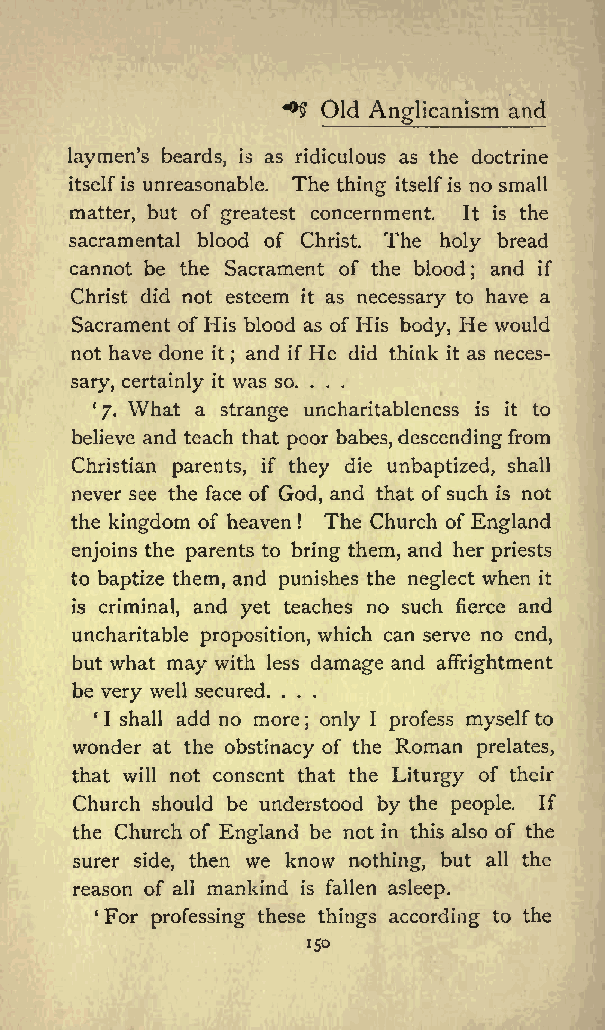
Old          and
 *&amp;gt; Anglicanism
 laymens beards, is as ridiculous as the doctrine
 itselfis unreasonable. The thing itselfis no small
 matter, but of greatest concernment. It is the
 sacramental blood of Christ. The holy bread
 cannot be the Sacrament of the blood and if
 ;
 Christ did not esteem it as necessary to have a
 Sacrament of His blood as of His body, He would
 not have done it and if He did think it as neces
 ;
 sary, certainly it was so. ...
 7. What a strange uncharitableness is it to
 believe and teach that poor babes,descending from
 Christian parents, if they die unbaptized, shall
 never see the face of God, and that ofsuch is not
 the kingdom of heaven The Church of England
 !
 enjoins the parents to bring them, and her priests
 to baptize them, and punishes the neglect when it
 is criminal, and yet teaches no such fierce and
 uncharitable proposition, which can serve no end,
 but what may with less damage and affrightment
 be very well secured. . . .
 I shall add no more only I profess myselfto
 ;
 wonder at the obstinacy of the Roman prelates,
 that will not consent that the Liturgy of their
 Church should be understood by the people. If
 the Church of England be not in this also of the
 surer side, then we know nothing, but all the
 reason of all mankind is fallen asleep.
 For professing these things according to the
 150